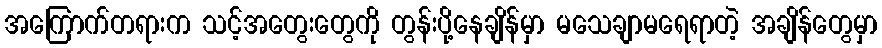
အကြောက်တရားက သင့်အတွေးတွေကို တွန်းပို့နေချိန်မှာ မသေချာမရေရာတဲ့ အချိန်တွေမှာ